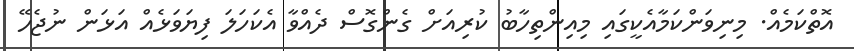
އޮތްކަމެއް. މިނިވަންކަމާއެކީގައި މިއިންތިހާބު ކުރިއަށް ގެންގޮސް ދެއްވާ އެކަހަލަ ފިޔަވަޅެއް އަޅަން ނުޖެހޭ